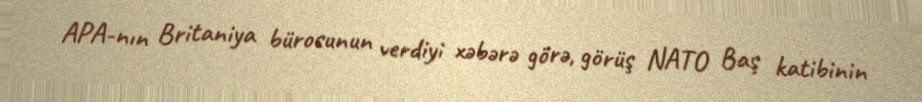
APA-nın Britaniya bürosunun verdiyi xəbərə görə, görüş NATO Baş katibinin